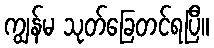
ကျွန်မ သုတ်ခြေတင်ရပြီ။